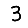
Digit: 3